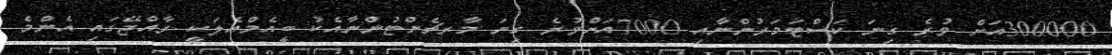
300000އަށް ވުރެ ގިނަ ކަސްޓަމަރުންނާއި 7000އަށްވުރެ ގިނަ މާރޗެންޓުންނާއެކު ބީއެމްއެލަކީ ރާއްޖޭގައި އެންމެ